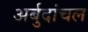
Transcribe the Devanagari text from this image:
अर्बुदांचल